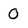
Character: 0